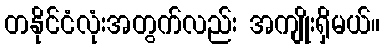
တနိုင်ငံလုံးအတွက်လည်း အကျိုးရှိမယ်။